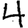
Digit: 4